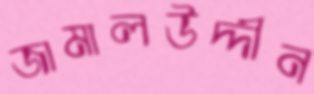
জামালউদ্দীন